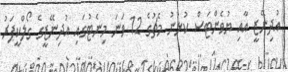
އުދިނޭޒީ އާއި ޔުވެންޓަސް ކުޅުނު މެޗުގެ 12 ވަނަ މިނެޓުގައި އުދިނޭޒީގެ ގޯލްކީޕަރު